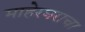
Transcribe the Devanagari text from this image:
माहेरघराचा